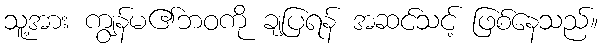
သူ့အား ကျွန်မ၏ဘဝကို ချပြရန် အဆင်သင့် ဖြစ်နေသည်။